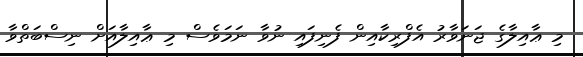
މި ޢާއިލާގެ ޖަނަވާރު އެފްރިކާއިން ފެނިފައި ނުވާ ނަމަވެސް މި ޢާއިލާއަށް ނިސްބަތްވާ